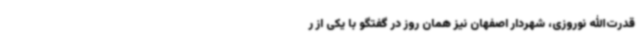
قدرت‌الله نوروزی، شهردار اصفهان نیز همان روز در گفتگو با یکی از ر